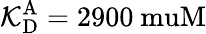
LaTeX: {\mathcal{K}_{\mathrm{{D}}}^{\mathrm{{A}}}}=2900\mathrm{{\ muM}}